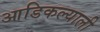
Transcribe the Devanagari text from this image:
आडिकल्याली